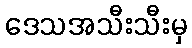
ဒေသအသီးသီးမှ